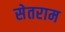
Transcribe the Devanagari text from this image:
सेतराम